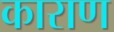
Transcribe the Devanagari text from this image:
काराण